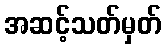
အဆင့်သတ်မှတ်